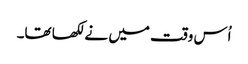
اُس وقت میں نے لکھا تھا۔